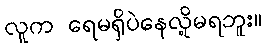
လူက ရေမရှိပဲနေလို့မရဘူး။